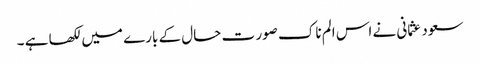
سعود عثمانی نے اس الم ناک صور ت حال کے بارے میں لکھا ہے ۔